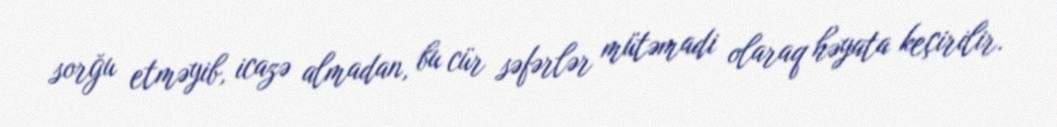
sorğu etməyib, icazə almadan, bu cür səfərlər mütəmadi olaraq həyata keçirilir.